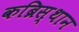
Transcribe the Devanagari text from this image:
कब्रिस्थान